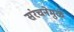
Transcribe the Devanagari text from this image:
संरचनेमुळे